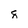
Character: 8